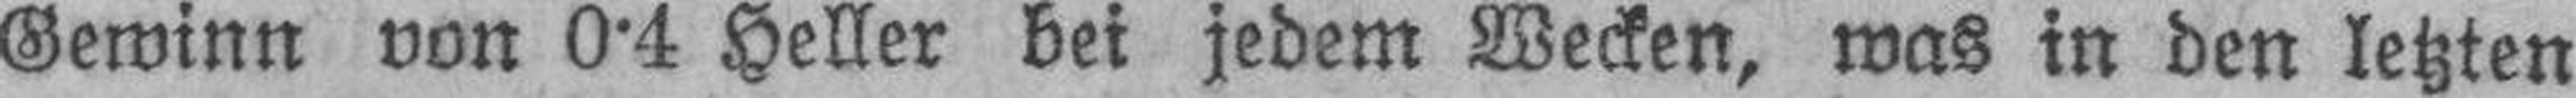
Gewinn von 0-4 Heller bei jedem Wecken, was in den letzten